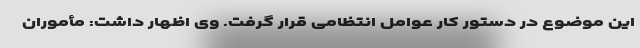
این موضوع در دستور کار عوامل انتظامی قرار گرفت. وی اظهار داشت: مأموران